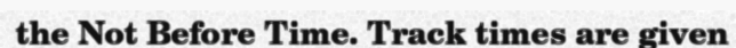
the Not Before Time. Track times are given